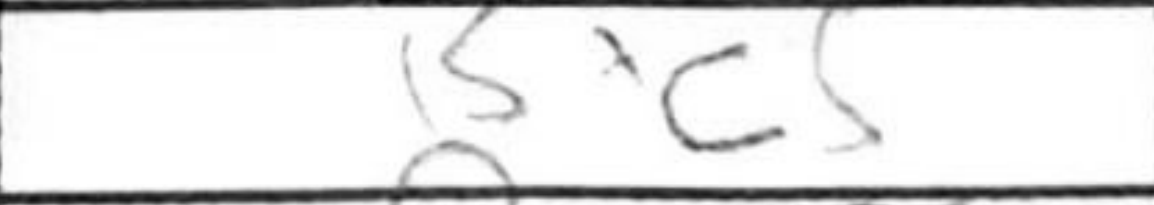
Transcription: Bxc5